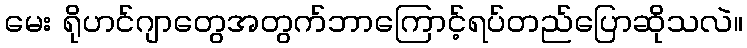
မေး ရိုဟင်ဂျာတွေအတွက်ဘာကြောင့်ရပ်တည်ပြောဆိုသလဲ။